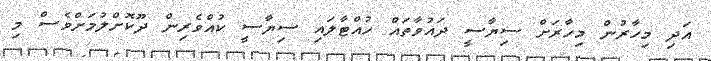
އަދި މިހާރުން މިހާރަށް ސިޔާސީ ދައުވާތައް ހުއްޓާލައި ސިޔާސީ ކުއްވެރިން ދޫކޮށްލުމަށްވެސް މި